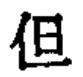
但